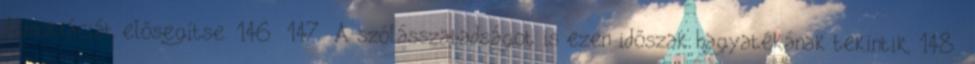
demokráciát elősegítse. 146 147 A szólásszabadságot is ezen időszak hagyatékának tekintik, 148